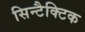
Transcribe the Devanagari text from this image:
सिन्टैक्टिक